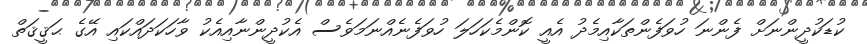
ކުޑަކުދީންނަށް ފެންނަ ހުވަފެންތަކާއިމެދު އެއީ ކޮންމެކަހަލަ ހުވަފެނެއްނަމަވެސް އެކުދީންނާއިއެކު ވާހަކަދައްކައި އޭގެ ޙަޤީޤަތް